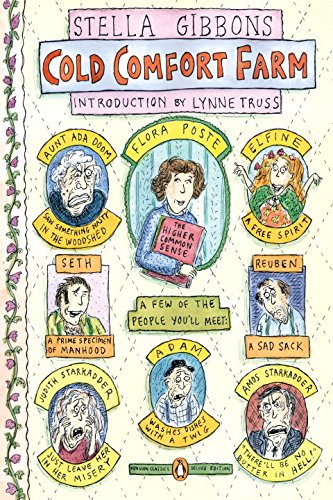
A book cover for Cold Comfort Farm (Penguin Classics Deluxe Edition); Stella Gibbons; Literature & Fiction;